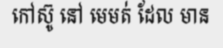
កៅស៊ូ នៅ មេមត់ ដែល មាន